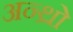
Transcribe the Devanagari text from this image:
अन्थ्रो